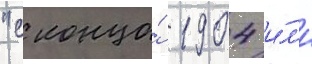
"с конца́ 1904 и́л'и